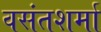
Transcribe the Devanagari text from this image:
वसंतशर्मा